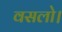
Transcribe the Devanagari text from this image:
वसलो।